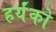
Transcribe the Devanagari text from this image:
हर्यंको